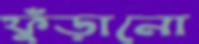
ফুঁড়ানো